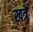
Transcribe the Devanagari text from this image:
खत्रे